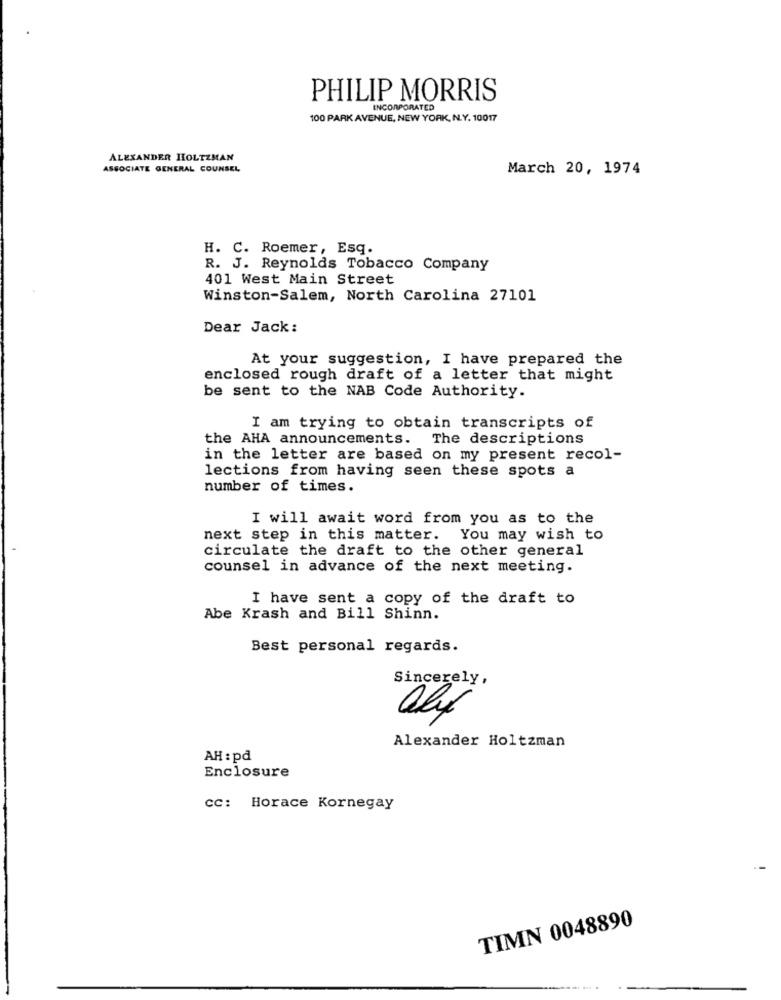
PHILIP MORRIS
INCORPORATED
100 PARK AVENUE, NEW YORK, N.Y. 10017
ALEXANDER HOLTZMAN
ASSOCIATE GENERAL COUNSEL
March 20, 1974
H. C. Roemer, Esq.
R. J. Reynolds Tobacco Company
401 West Main Street
Winston-Salem, North Carolina 27101
Dear Jack:
At your suggestion, I have prepared the
enclosed rough draft of a letter that might
be sent to the NAB Code Authority.
I am trying to obtain transcripts of
the AHA announcements. The descriptions
in the letter are based on my present recol-
lections from having seen these spots a
number of times.
I will await word from you as to the
next step in this matter. You may wish to
circulate the draft to the other general
counsel in advance of the next meeting.
I have sent a copy of the draft to
Abe Krash and Bill Shinn.
Best personal regards.
Sincerely,
Alexander Holtzman
AH : pd
Enclosure
cc: Horace Kornegay
TIMN 0048890